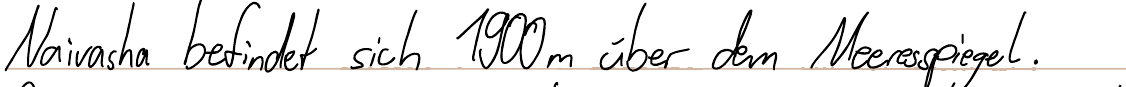
Naivasha befindet sich 1900m über dem Meeresspiegel.